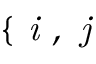
\{ \textit { i } , \textit { j }